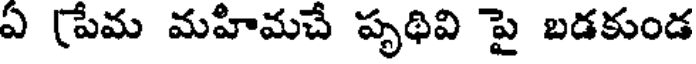
ఏ (పేమ మహిమచే పృథివి పై బడకుండ